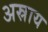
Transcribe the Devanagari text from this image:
अस्राय